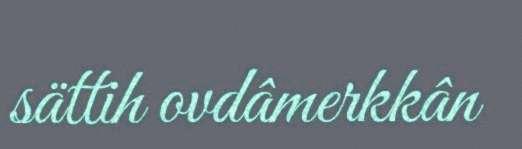
sättih ovdâmerkkân